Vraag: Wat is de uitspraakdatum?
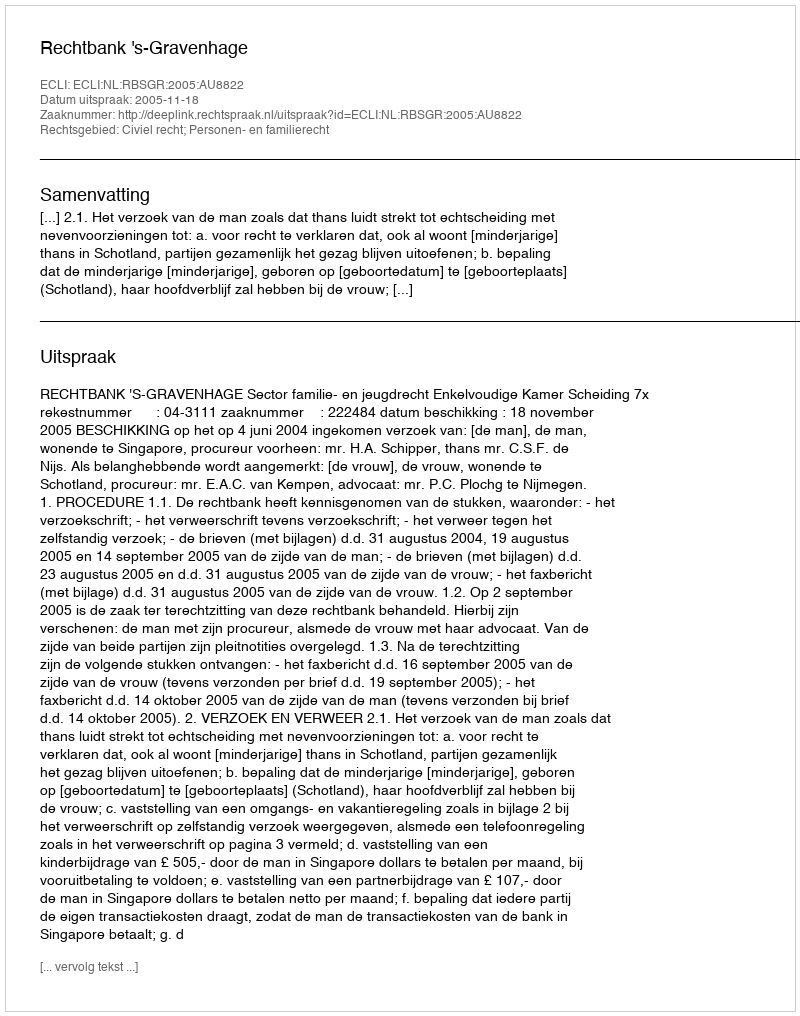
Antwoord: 2005-11-18